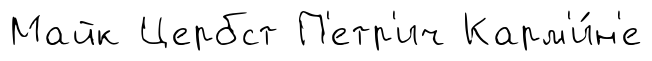
Майк Цербст П'етр'ич Карм'и́н'е